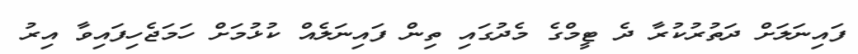
ފައިނަލަށް ދަތުރުކުރާ ދެ ޓީމްގެ މެދުގައި ތިން ފައިނަލެއް ކުޅުމަށް ހަމަޖެހިފައިވާ އިރު